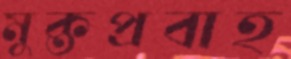
মুক্তপ্রবাহ